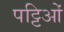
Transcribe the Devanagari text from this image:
पट्टिओं